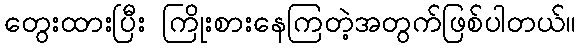
တွေးထားပြီး ကြိုးစားနေကြတဲ့အတွက်ဖြစ်ပါတယ်။